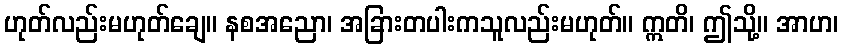
ဟုတ်လည်းမဟုတ်ချေ။ နစအညော၊ အခြားတပါးကသူလည်းမဟုတ်။ ဣတိ၊ ဤသို့။ အာဟ၊